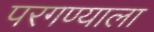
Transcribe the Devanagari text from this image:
परगण्याला